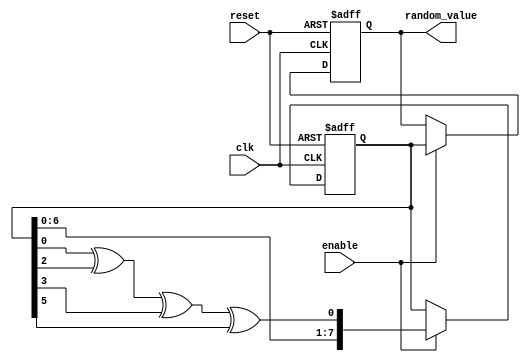
module RandomInit #(
    parameter WIDTH = 8,       // Width of the random value output
    parameter SEED = 8'b10101010 // Default seed value (can be overridden)
) (
    input wire clk,            // Clock input
    input wire reset,          // Reset signal
    input wire enable,         // Enable signal to trigger random value generation
    output reg [WIDTH-1:0] random_value // Output random value
);

    // Internal state for the LFSR
    reg [WIDTH-1:0] lfsr;

    // LFSR feedback configuration (example for 8 bits)
    wire lfsr_feedback = lfsr[0] ^ lfsr[2] ^ lfsr[3] ^ lfsr[5]; // Taps for LFSR

    // Random initialization process
    always @(posedge clk or posedge reset) begin
        if (reset) begin
            // Reset the LFSR with the seed value
            lfsr <= SEED;
            random_value <= '0;
        end else if (enable) begin
            // Update LFSR
            lfsr <= {lfsr[WIDTH-2:0], lfsr_feedback};
            random_value <= lfsr; // Output the current value of LFSR as random value
        end
    end

endmodule